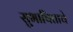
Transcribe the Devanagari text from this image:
सुभाषिताचे